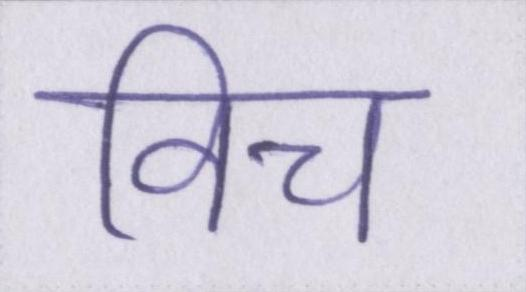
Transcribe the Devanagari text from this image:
विच